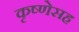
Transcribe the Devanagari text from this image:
कृष्णेसह